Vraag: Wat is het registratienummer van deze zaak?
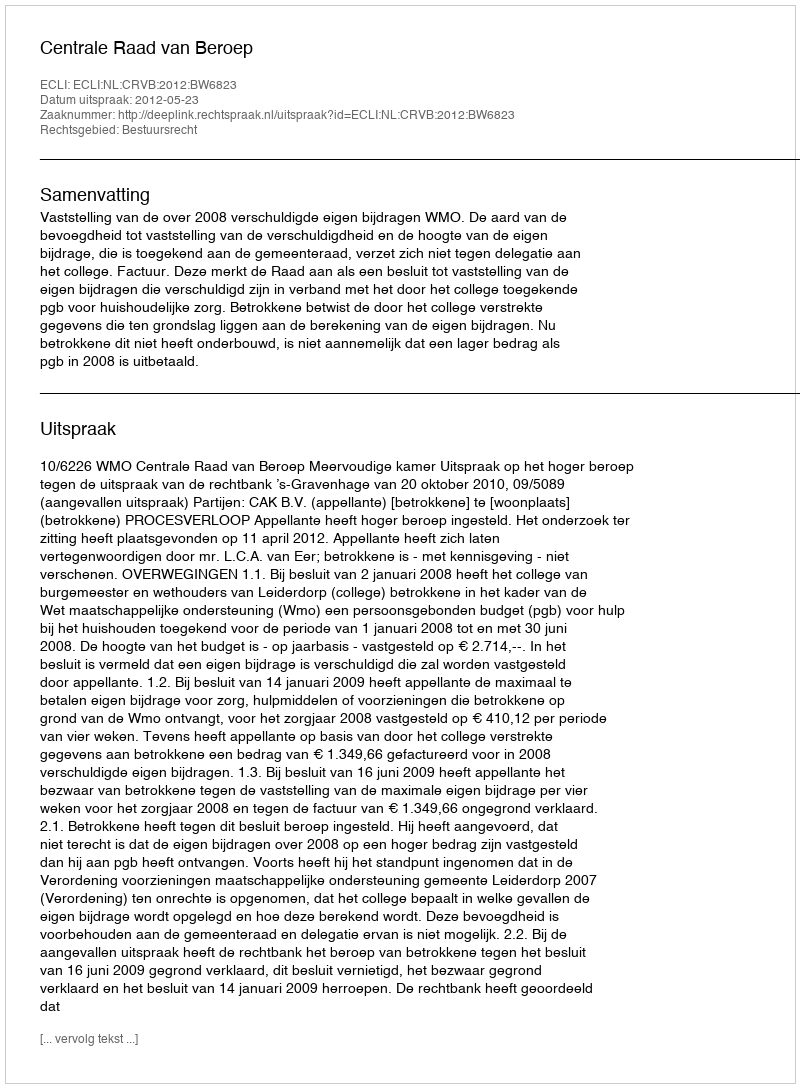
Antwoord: http://deeplink.rechtspraak.nl/uitspraak?id=ECLI:NL:CRVB:2012:BW6823